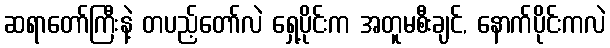
ဆရာတော်ကြီးနဲ့ တပည့်တော်လဲ ရှေ့ပိုင်းက အတူမစီးချင်, နောက်ပိုင်းကလဲ